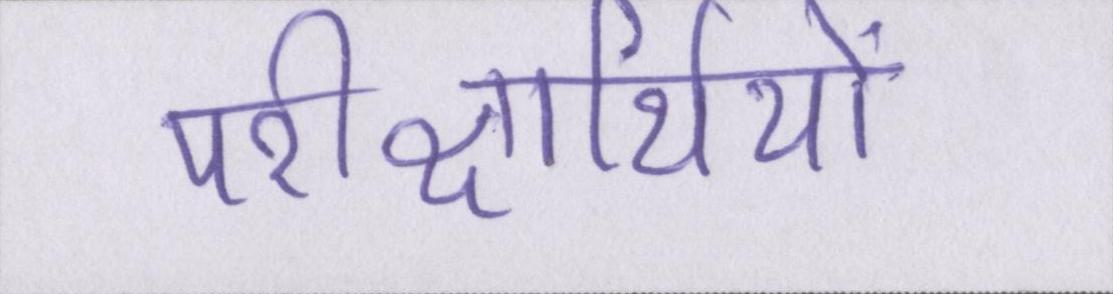
परीक्षार्थियों